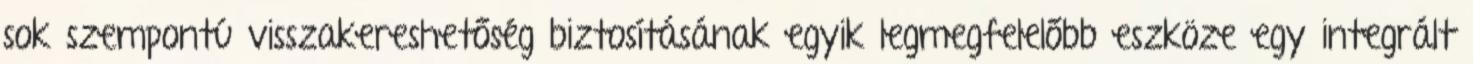
sok szempontú visszakereshetőség biztosításának egyik legmegfelelőbb eszköze egy integrált